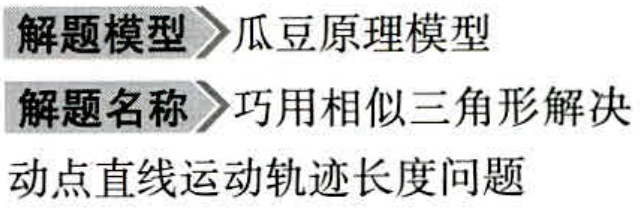
解题模型>>瓜豆原理模型

解题名称>>巧用相似三角形解决

动点直线运动轨迹长度问题